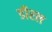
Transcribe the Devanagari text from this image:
डीरल